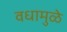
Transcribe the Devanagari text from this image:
वधामुळे